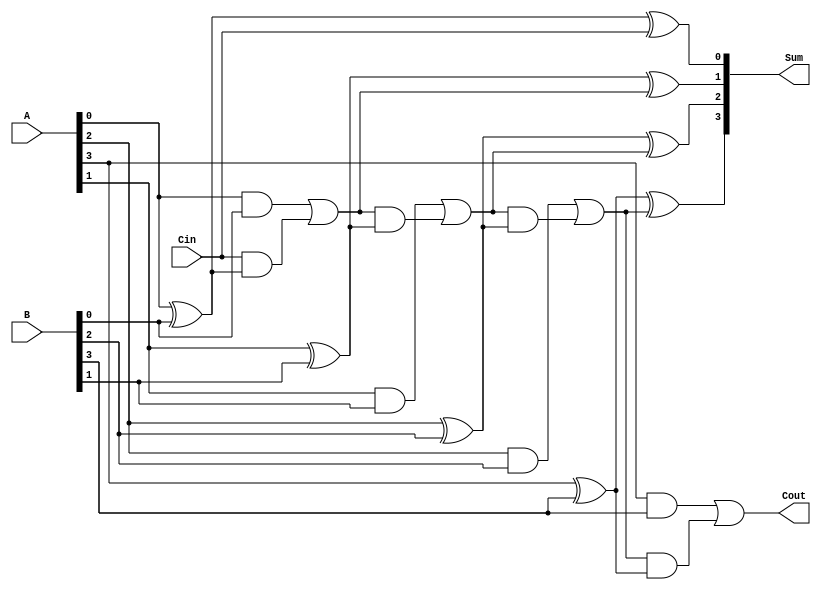
module ParallelFullAdder #(parameter n = 4) (
    input  [n-1:0] A,      // First operand
    input  [n-1:0] B,      // Second operand
    input         Cin,      // Carry input
    output [n-1:0] Sum,     // Sum output
    output        Cout       // Carry output
);

    wire [n:0] C; // Carry signals, C[0] is Cin, C[n] is Cout

    // Generate the full adder for each bit
    genvar i;
    generate
        for (i = 0; i < n; i = i + 1) begin : full_adder
            if (i == 0) begin
                // For the least significant bit (LSB)
                assign Sum[i] = A[i] ^ B[i] ^ Cin; // Sum calculation
                assign C[i + 1] = (A[i] & B[i]) | (Cin & (A[i] ^ B[i])); // Carry calculation
            end else begin
                // For the other bits
                assign Sum[i] = A[i] ^ B[i] ^ C[i]; // Sum calculation
                assign C[i + 1] = (A[i] & B[i]) | (C[i] & (A[i] ^ B[i])); // Carry calculation
            end
        end
    endgenerate

    assign Cout = C[n]; // Final carry output

endmodule